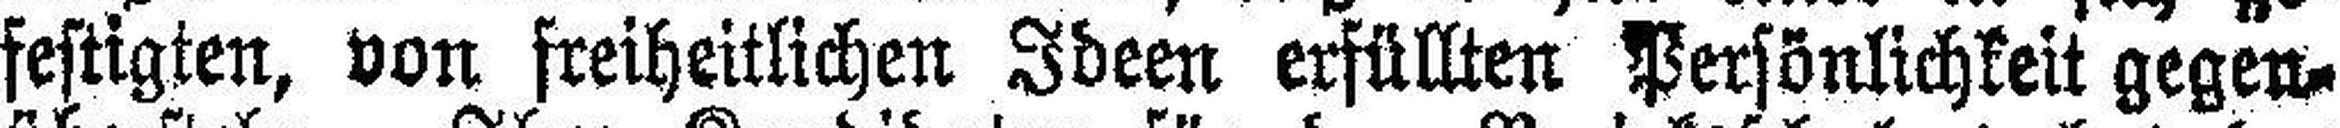
festigten, von freiheitlichen Ideen erfüllten Persönlichkeit gegen¬